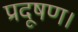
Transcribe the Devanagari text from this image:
प्रदूषण।